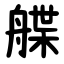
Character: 艓